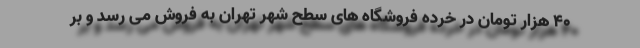
۴۰ هزار تومان در خرده فروشگاه های سطح شهر تهران به فروش می رسد و بر